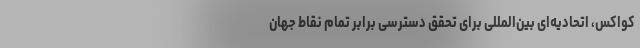
کواکس، اتحادیه‌ای بین‌المللی برای تحقق دسترسی برابر تمام نقاط جهان